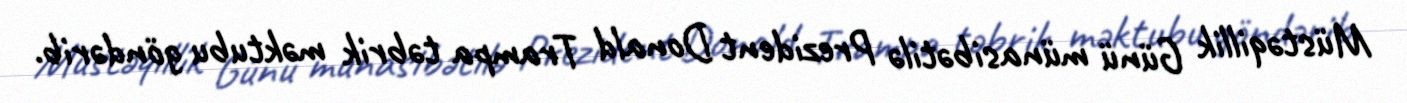
Müstəqillik Günü münasibətilə Prezident Donald Trampa təbrik məktubu göndərib.